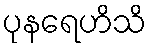
ပုနရေဟိသိ